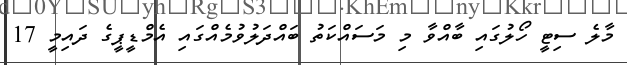
މާލެ ސިޓީ ހޯލުގައި ބާއްވާ މި މަސައްކަތު ބައްދަލުވުމެއްގައި އެމްޑީޕީގެ ދައިމީ 17